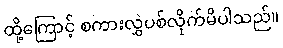
ထို့ကြောင့် စကားလွှဲပစ်လိုက်မိပါသည်။